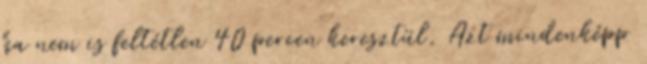
ha nem is feltétlen 40 percen keresztül. Azt mindenképp